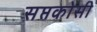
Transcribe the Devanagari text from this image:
सप्तकोसी